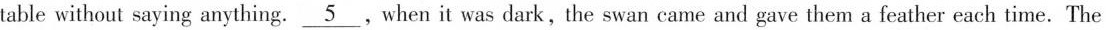
table without saying anything. \underline{5},when it was dark,the swah came and gave them a feathere each time.The